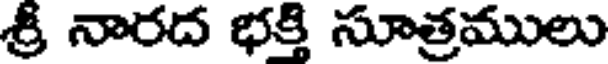
శ్రీ నారద భక్తి సూత్రములు